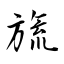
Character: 旒